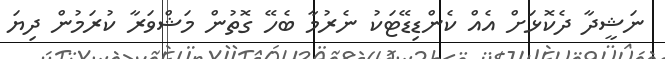
ނަޝީދާ ދެކޮޅަށް އެއް ކެންޑިޑޭޓަކު ނެރުމާ ބެހޭ ގޮތުން މަޝްވަރާ ކުރަމުން ދިޔަ